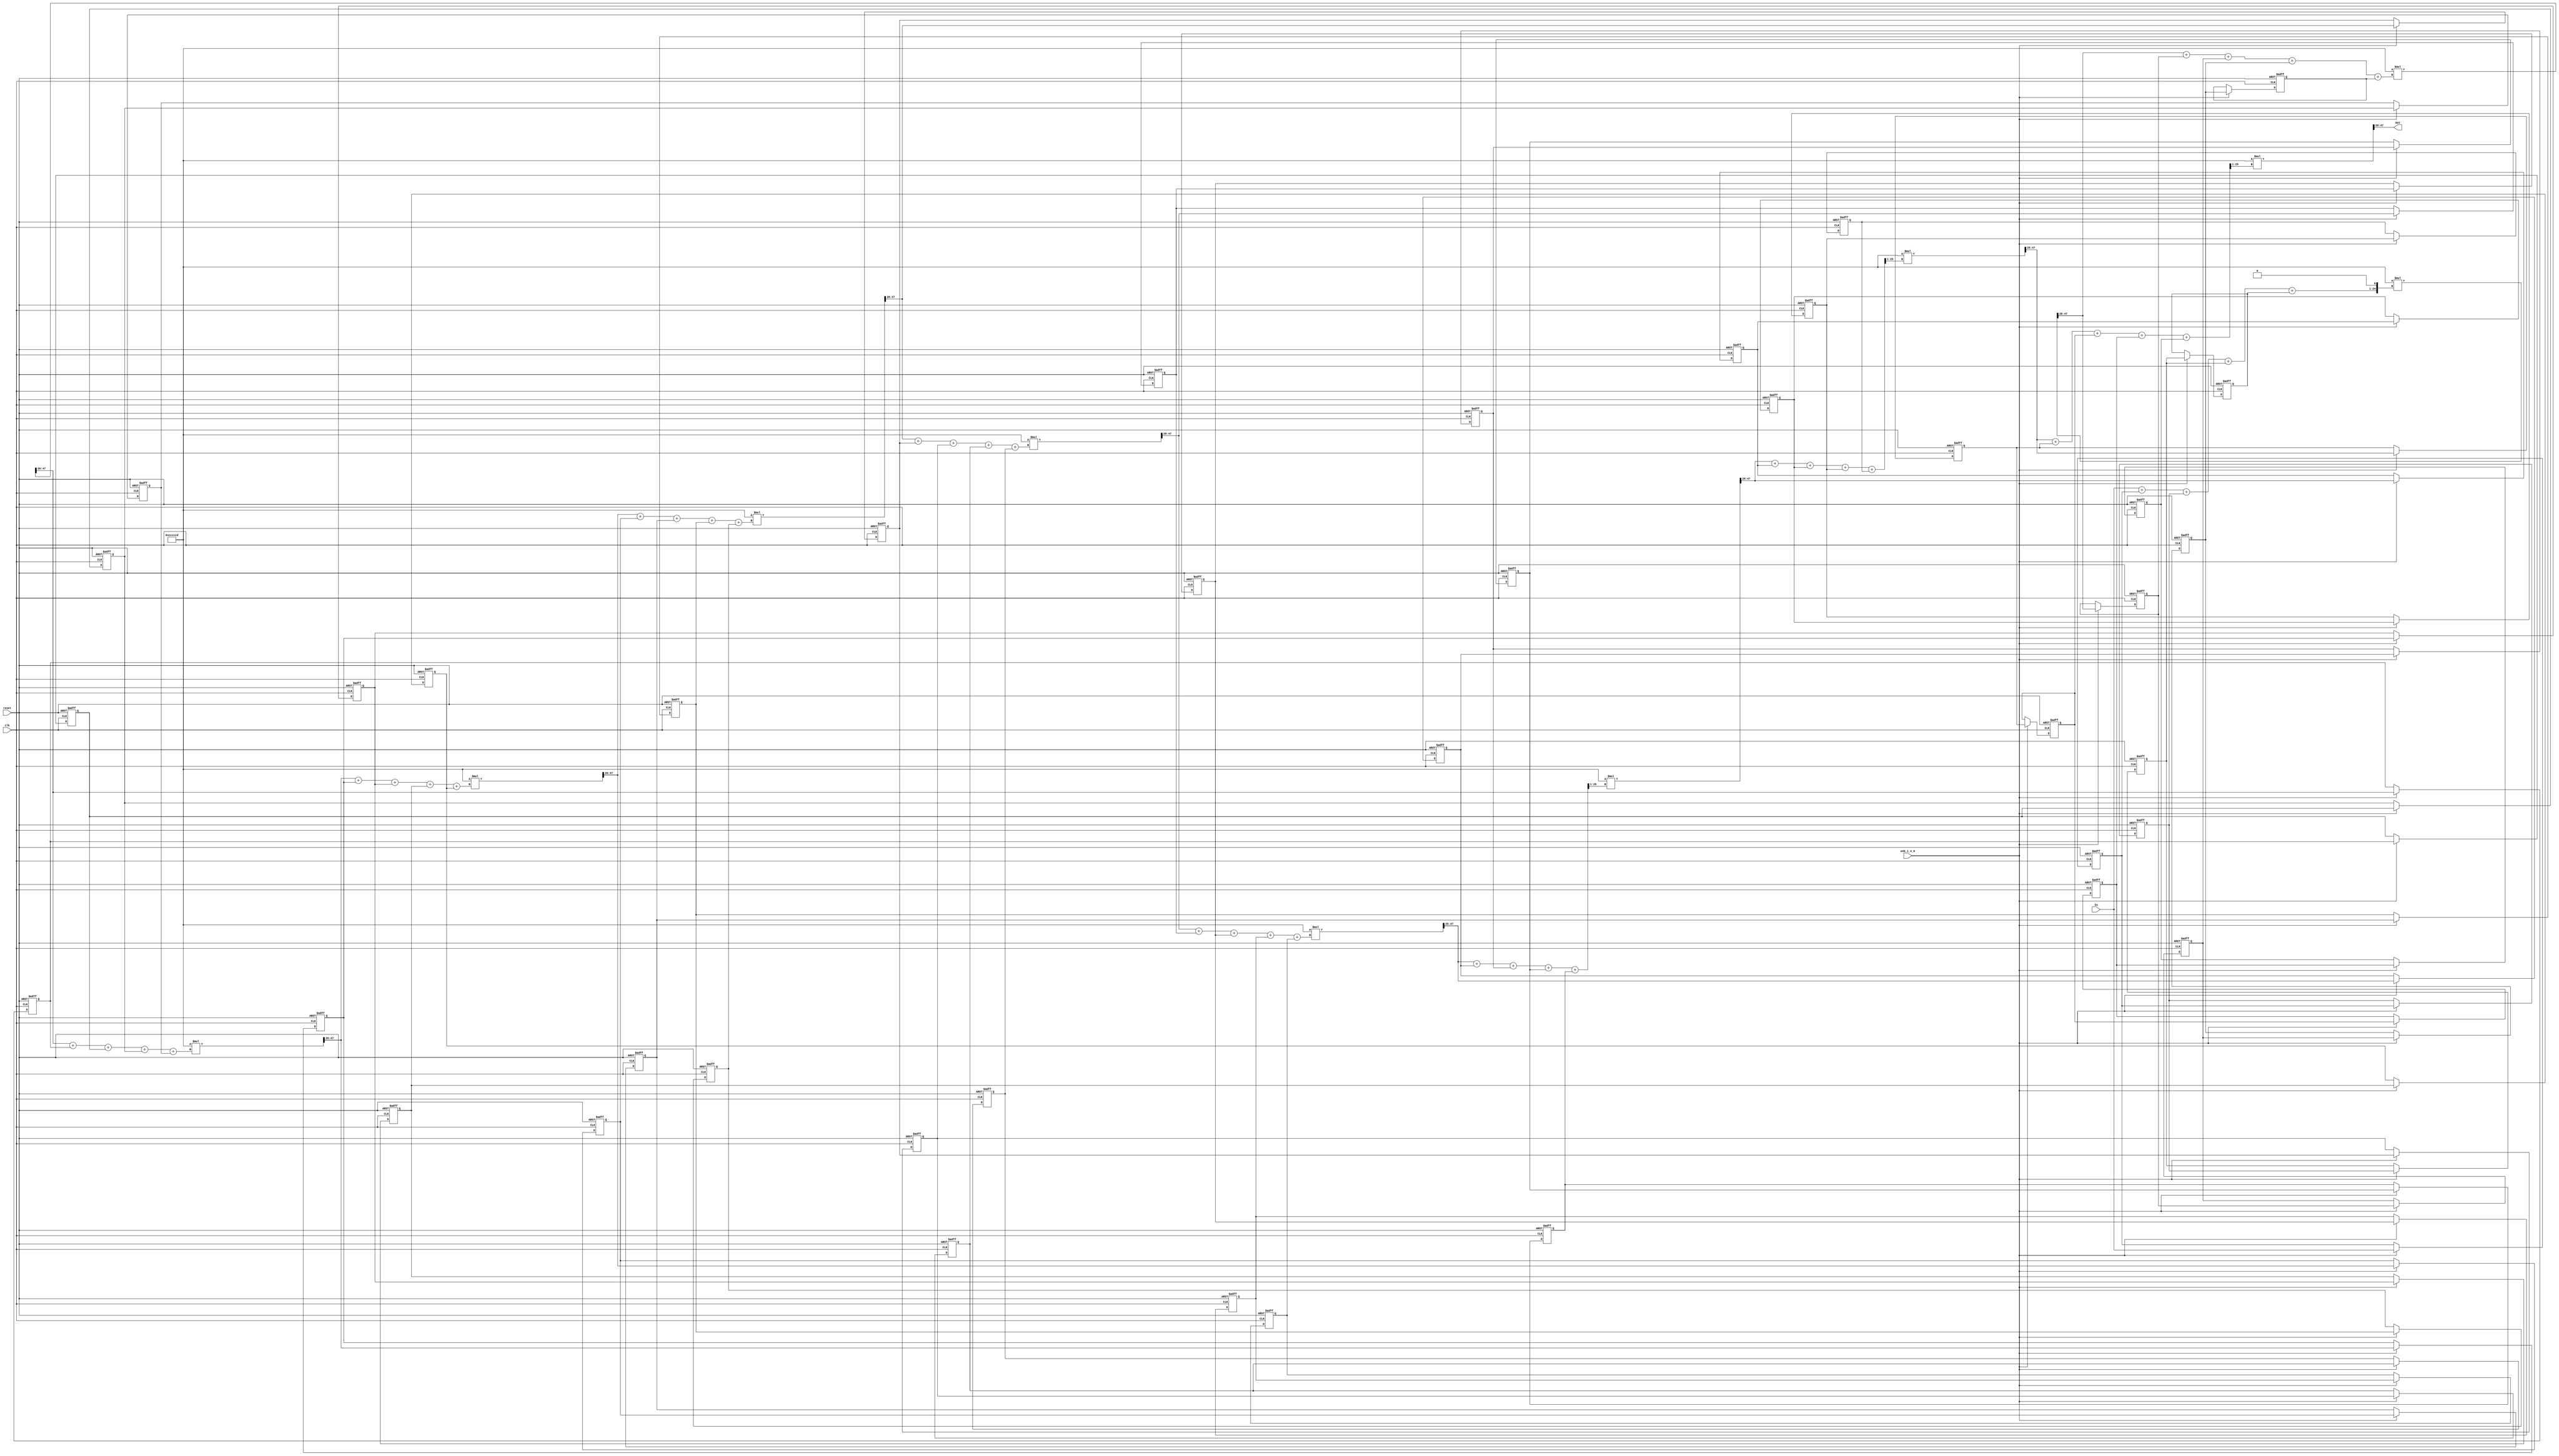
// -------------------------------------------------------------
// 
// 
// Generated by MATLAB 9.3 and HDL Coder 3.11
// 
// -------------------------------------------------------------


// -------------------------------------------------------------
// 
// Module: H5_z
// Source Path: CIC_fixp1/CIC/H5(z)
// Hierarchy Level: 1
// 
// -------------------------------------------------------------

`timescale 1 ns / 1 ns

module H5_z
          (clk,
           reset,
           enb_1_4_0,
           In,
           Out);


  input   clk;
  input   reset;
  input   enb_1_4_0;
  input   signed [20:0] In;  // sfix21_En16
  output  signed [19:0] Out;  // sfix20_En15

  reg signed [20:0] Delay_out1;  // sfix21_En16
  reg signed [20:0] Delay1_out1;  // sfix21_En16
  reg signed [20:0] Delay2_out1;  // sfix21_En16
  reg signed [20:0] Delay3_out1;  // sfix21_En16
  wire signed [23:0] Add_add_cast;  // sfix24_En16
  wire signed [23:0] Add_add_cast_1;  // sfix24_En16
  wire signed [23:0] Add_add_temp;  // sfix24_En16
  wire signed [23:0] Add_add_cast_2;  // sfix24_En16
  wire signed [23:0] Add_add_temp_1;  // sfix24_En16
  wire signed [23:0] Add_add_cast_3;  // sfix24_En16
  wire signed [23:0] Add_add_temp_2;  // sfix24_En16
  wire signed [23:0] Add_add_cast_4;  // sfix24_En16
  wire signed [23:0] Add_add_temp_3;  // sfix24_En16
  wire signed [24:0] Add_out1;  // sfix25_En17
  wire signed [49:0] Gain1_mul_temp;  // sfix50_En43
  wire signed [21:0] Gain1_out1;  // sfix22_En17
  reg signed [21:0] Delay4_out1;  // sfix22_En17
  reg signed [21:0] Delay5_out1;  // sfix22_En17
  reg signed [21:0] Delay6_out1;  // sfix22_En17
  reg signed [21:0] Delay7_out1;  // sfix22_En17
  wire signed [24:0] Add1_add_cast;  // sfix25_En17
  wire signed [24:0] Add1_add_cast_1;  // sfix25_En17
  wire signed [24:0] Add1_add_temp;  // sfix25_En17
  wire signed [24:0] Add1_add_cast_2;  // sfix25_En17
  wire signed [24:0] Add1_add_temp_1;  // sfix25_En17
  wire signed [24:0] Add1_add_cast_3;  // sfix25_En17
  wire signed [24:0] Add1_add_temp_2;  // sfix25_En17
  wire signed [24:0] Add1_add_cast_4;  // sfix25_En17
  wire signed [24:0] Add1_out1;  // sfix25_En17
  wire signed [49:0] Gain2_mul_temp;  // sfix50_En43
  wire signed [21:0] Gain2_out1;  // sfix22_En17
  reg signed [21:0] Delay8_out1;  // sfix22_En17
  reg signed [21:0] Delay9_out1;  // sfix22_En17
  reg signed [21:0] Delay10_out1;  // sfix22_En17
  reg signed [21:0] Delay11_out1;  // sfix22_En17
  wire signed [24:0] Add2_add_cast;  // sfix25_En17
  wire signed [24:0] Add2_add_cast_1;  // sfix25_En17
  wire signed [24:0] Add2_add_temp;  // sfix25_En17
  wire signed [24:0] Add2_add_cast_2;  // sfix25_En17
  wire signed [24:0] Add2_add_temp_1;  // sfix25_En17
  wire signed [24:0] Add2_add_cast_3;  // sfix25_En17
  wire signed [24:0] Add2_add_temp_2;  // sfix25_En17
  wire signed [24:0] Add2_add_cast_4;  // sfix25_En17
  wire signed [24:0] Add2_out1;  // sfix25_En17
  wire signed [49:0] Gain3_mul_temp;  // sfix50_En43
  wire signed [21:0] Gain3_out1;  // sfix22_En17
  reg signed [21:0] Delay12_out1;  // sfix22_En17
  reg signed [21:0] Delay13_out1;  // sfix22_En17
  reg signed [21:0] Delay14_out1;  // sfix22_En17
  reg signed [21:0] Delay15_out1;  // sfix22_En17
  wire signed [24:0] Add3_add_cast;  // sfix25_En17
  wire signed [24:0] Add3_add_cast_1;  // sfix25_En17
  wire signed [24:0] Add3_add_temp;  // sfix25_En17
  wire signed [24:0] Add3_add_cast_2;  // sfix25_En17
  wire signed [24:0] Add3_add_temp_1;  // sfix25_En17
  wire signed [24:0] Add3_add_cast_3;  // sfix25_En17
  wire signed [24:0] Add3_add_temp_2;  // sfix25_En17
  wire signed [24:0] Add3_add_cast_4;  // sfix25_En17
  wire signed [24:0] Add3_out1;  // sfix25_En17
  wire signed [49:0] Gain4_mul_temp;  // sfix50_En43
  wire signed [21:0] Gain4_out1;  // sfix22_En17
  reg signed [21:0] Delay18_out1;  // sfix22_En17
  reg signed [21:0] Delay19_out1;  // sfix22_En17
  reg signed [21:0] Delay20_out1;  // sfix22_En17
  reg signed [21:0] Delay21_out1;  // sfix22_En17
  wire signed [24:0] Add4_add_cast;  // sfix25_En17
  wire signed [24:0] Add4_add_cast_1;  // sfix25_En17
  wire signed [24:0] Add4_add_temp;  // sfix25_En17
  wire signed [24:0] Add4_add_cast_2;  // sfix25_En17
  wire signed [24:0] Add4_add_temp_1;  // sfix25_En17
  wire signed [24:0] Add4_add_cast_3;  // sfix25_En17
  wire signed [24:0] Add4_add_temp_2;  // sfix25_En17
  wire signed [24:0] Add4_add_cast_4;  // sfix25_En17
  wire signed [24:0] Add4_out1;  // sfix25_En17
  wire signed [49:0] Gain5_mul_temp;  // sfix50_En43
  wire signed [21:0] Gain5_out1;  // sfix22_En17
  reg signed [21:0] Delay22_out1;  // sfix22_En17
  reg signed [21:0] Delay23_out1;  // sfix22_En17
  reg signed [21:0] Delay16_out1;  // sfix22_En17
  reg signed [21:0] Delay17_out1;  // sfix22_En17
  wire signed [24:0] Add5_add_cast;  // sfix25_En17
  wire signed [24:0] Add5_add_cast_1;  // sfix25_En17
  wire signed [24:0] Add5_add_temp;  // sfix25_En17
  wire signed [24:0] Add5_add_cast_2;  // sfix25_En17
  wire signed [24:0] Add5_add_temp_1;  // sfix25_En17
  wire signed [24:0] Add5_add_cast_3;  // sfix25_En17
  wire signed [24:0] Add5_add_temp_2;  // sfix25_En17
  wire signed [24:0] Add5_add_cast_4;  // sfix25_En17
  wire signed [24:0] Add5_out1;  // sfix25_En17
  wire signed [49:0] Gain6_mul_temp;  // sfix50_En43
  wire signed [21:0] Gain6_out1;  // sfix22_En17
  reg signed [21:0] Delay24_out1;  // sfix22_En17
  reg signed [21:0] Delay25_out1;  // sfix22_En17
  reg signed [21:0] Delay26_out1;  // sfix22_En17
  reg signed [21:0] Delay27_out1;  // sfix22_En17
  wire signed [24:0] Add6_add_cast;  // sfix25_En17
  wire signed [24:0] Add6_add_cast_1;  // sfix25_En17
  wire signed [24:0] Add6_add_temp;  // sfix25_En17
  wire signed [24:0] Add6_add_cast_2;  // sfix25_En17
  wire signed [24:0] Add6_add_temp_1;  // sfix25_En17
  wire signed [24:0] Add6_add_cast_3;  // sfix25_En17
  wire signed [24:0] Add6_add_temp_2;  // sfix25_En17
  wire signed [24:0] Add6_add_cast_4;  // sfix25_En17
  wire signed [24:0] Add6_out1;  // sfix25_En17
  wire signed [49:0] Gain7_mul_temp;  // sfix50_En43
  wire signed [22:0] Gain7_out1;  // sfix23_En18
  reg signed [22:0] Delay30_out1;  // sfix23_En18
  reg signed [22:0] Delay31_out1;  // sfix23_En18
  reg signed [22:0] Delay32_out1;  // sfix23_En18
  reg signed [22:0] Delay33_out1;  // sfix23_En18
  wire signed [25:0] Add7_add_cast;  // sfix26_En18
  wire signed [25:0] Add7_add_cast_1;  // sfix26_En18
  wire signed [25:0] Add7_add_temp;  // sfix26_En18
  wire signed [25:0] Add7_add_cast_2;  // sfix26_En18
  wire signed [25:0] Add7_add_temp_1;  // sfix26_En18
  wire signed [25:0] Add7_add_cast_3;  // sfix26_En18
  wire signed [25:0] Add7_add_temp_2;  // sfix26_En18
  wire signed [25:0] Add7_add_cast_4;  // sfix26_En18
  wire signed [25:0] Add7_add_temp_3;  // sfix26_En18
  wire signed [24:0] Add7_out1;  // sfix25_En17
  wire signed [49:0] Gain8_mul_temp;  // sfix50_En43
  wire signed [22:0] Gain8_out1;  // sfix23_En18
  reg signed [22:0] Delay34_out1;  // sfix23_En18
  reg signed [22:0] Delay35_out1;  // sfix23_En18
  reg signed [22:0] Delay28_out1;  // sfix23_En18
  reg signed [22:0] Delay29_out1;  // sfix23_En18
  wire signed [25:0] Add8_add_cast;  // sfix26_En18
  wire signed [25:0] Add8_add_cast_1;  // sfix26_En18
  wire signed [25:0] Add8_add_temp;  // sfix26_En18
  wire signed [25:0] Add8_add_cast_2;  // sfix26_En18
  wire signed [25:0] Add8_add_temp_1;  // sfix26_En18
  wire signed [25:0] Add8_add_cast_3;  // sfix26_En18
  wire signed [25:0] Add8_add_temp_2;  // sfix26_En18
  wire signed [25:0] Add8_add_cast_4;  // sfix26_En18
  wire signed [25:0] Add8_add_temp_3;  // sfix26_En18
  wire signed [24:0] Add8_out1;  // sfix25_En17
  wire signed [49:0] Gain9_mul_temp;  // sfix50_En43
  wire signed [22:0] Gain9_out1;  // sfix23_En18
  reg signed [22:0] Delay36_out1;  // sfix23_En18
  reg signed [22:0] Delay37_out1;  // sfix23_En18
  reg signed [22:0] Delay38_out1;  // sfix23_En18
  reg signed [22:0] Delay39_out1;  // sfix23_En18
  wire signed [25:0] Add9_add_cast;  // sfix26_En18
  wire signed [25:0] Add9_add_cast_1;  // sfix26_En18
  wire signed [25:0] Add9_add_temp;  // sfix26_En18
  wire signed [25:0] Add9_add_cast_2;  // sfix26_En18
  wire signed [25:0] Add9_add_temp_1;  // sfix26_En18
  wire signed [25:0] Add9_add_cast_3;  // sfix26_En18
  wire signed [25:0] Add9_add_temp_2;  // sfix26_En18
  wire signed [25:0] Add9_add_cast_4;  // sfix26_En18
  wire signed [25:0] Add9_add_temp_3;  // sfix26_En18
  wire signed [24:0] Add9_out1;  // sfix25_En17
  wire signed [49:0] Gain_mul_temp;  // sfix50_En43
  wire signed [19:0] Gain_out1;  // sfix20_En15


  always @(posedge clk or posedge reset)
    begin : Delay_process
      if (reset == 1'b1) begin
        Delay_out1 <= 21'sb000000000000000000000;
      end
      else begin
        if (enb_1_4_0) begin
          Delay_out1 <= In;
        end
      end
    end



  always @(posedge clk or posedge reset)
    begin : Delay1_process
      if (reset == 1'b1) begin
        Delay1_out1 <= 21'sb000000000000000000000;
      end
      else begin
        if (enb_1_4_0) begin
          Delay1_out1 <= Delay_out1;
        end
      end
    end



  always @(posedge clk or posedge reset)
    begin : Delay2_process
      if (reset == 1'b1) begin
        Delay2_out1 <= 21'sb000000000000000000000;
      end
      else begin
        if (enb_1_4_0) begin
          Delay2_out1 <= Delay1_out1;
        end
      end
    end



  always @(posedge clk or posedge reset)
    begin : Delay3_process
      if (reset == 1'b1) begin
        Delay3_out1 <= 21'sb000000000000000000000;
      end
      else begin
        if (enb_1_4_0) begin
          Delay3_out1 <= Delay2_out1;
        end
      end
    end



  assign Add_add_cast = {{3{In[20]}}, In};
  assign Add_add_cast_1 = {{3{Delay_out1[20]}}, Delay_out1};
  assign Add_add_temp = Add_add_cast + Add_add_cast_1;
  assign Add_add_cast_2 = {{3{Delay1_out1[20]}}, Delay1_out1};
  assign Add_add_temp_1 = Add_add_temp + Add_add_cast_2;
  assign Add_add_cast_3 = {{3{Delay2_out1[20]}}, Delay2_out1};
  assign Add_add_temp_2 = Add_add_temp_1 + Add_add_cast_3;
  assign Add_add_cast_4 = {{3{Delay3_out1[20]}}, Delay3_out1};
  assign Add_add_temp_3 = Add_add_temp_2 + Add_add_cast_4;
  assign Add_out1 = {Add_add_temp_3, 1'b0};



  assign Gain1_mul_temp = 25'sb0110011001100110011001101 * Add_out1;
  assign Gain1_out1 = Gain1_mul_temp[47:26];



  always @(posedge clk or posedge reset)
    begin : Delay4_process
      if (reset == 1'b1) begin
        Delay4_out1 <= 22'sb0000000000000000000000;
      end
      else begin
        if (enb_1_4_0) begin
          Delay4_out1 <= Gain1_out1;
        end
      end
    end



  always @(posedge clk or posedge reset)
    begin : Delay5_process
      if (reset == 1'b1) begin
        Delay5_out1 <= 22'sb0000000000000000000000;
      end
      else begin
        if (enb_1_4_0) begin
          Delay5_out1 <= Delay4_out1;
        end
      end
    end



  always @(posedge clk or posedge reset)
    begin : Delay6_process
      if (reset == 1'b1) begin
        Delay6_out1 <= 22'sb0000000000000000000000;
      end
      else begin
        if (enb_1_4_0) begin
          Delay6_out1 <= Delay5_out1;
        end
      end
    end



  always @(posedge clk or posedge reset)
    begin : Delay7_process
      if (reset == 1'b1) begin
        Delay7_out1 <= 22'sb0000000000000000000000;
      end
      else begin
        if (enb_1_4_0) begin
          Delay7_out1 <= Delay6_out1;
        end
      end
    end



  assign Add1_add_cast = {{3{Gain1_out1[21]}}, Gain1_out1};
  assign Add1_add_cast_1 = {{3{Delay4_out1[21]}}, Delay4_out1};
  assign Add1_add_temp = Add1_add_cast + Add1_add_cast_1;
  assign Add1_add_cast_2 = {{3{Delay5_out1[21]}}, Delay5_out1};
  assign Add1_add_temp_1 = Add1_add_temp + Add1_add_cast_2;
  assign Add1_add_cast_3 = {{3{Delay6_out1[21]}}, Delay6_out1};
  assign Add1_add_temp_2 = Add1_add_temp_1 + Add1_add_cast_3;
  assign Add1_add_cast_4 = {{3{Delay7_out1[21]}}, Delay7_out1};
  assign Add1_out1 = Add1_add_temp_2 + Add1_add_cast_4;



  assign Gain2_mul_temp = 25'sb0110011001100110011001101 * Add1_out1;
  assign Gain2_out1 = Gain2_mul_temp[47:26];



  always @(posedge clk or posedge reset)
    begin : Delay8_process
      if (reset == 1'b1) begin
        Delay8_out1 <= 22'sb0000000000000000000000;
      end
      else begin
        if (enb_1_4_0) begin
          Delay8_out1 <= Gain2_out1;
        end
      end
    end



  always @(posedge clk or posedge reset)
    begin : Delay9_process
      if (reset == 1'b1) begin
        Delay9_out1 <= 22'sb0000000000000000000000;
      end
      else begin
        if (enb_1_4_0) begin
          Delay9_out1 <= Delay8_out1;
        end
      end
    end



  always @(posedge clk or posedge reset)
    begin : Delay10_process
      if (reset == 1'b1) begin
        Delay10_out1 <= 22'sb0000000000000000000000;
      end
      else begin
        if (enb_1_4_0) begin
          Delay10_out1 <= Delay9_out1;
        end
      end
    end



  always @(posedge clk or posedge reset)
    begin : Delay11_process
      if (reset == 1'b1) begin
        Delay11_out1 <= 22'sb0000000000000000000000;
      end
      else begin
        if (enb_1_4_0) begin
          Delay11_out1 <= Delay10_out1;
        end
      end
    end



  assign Add2_add_cast = {{3{Gain2_out1[21]}}, Gain2_out1};
  assign Add2_add_cast_1 = {{3{Delay8_out1[21]}}, Delay8_out1};
  assign Add2_add_temp = Add2_add_cast + Add2_add_cast_1;
  assign Add2_add_cast_2 = {{3{Delay9_out1[21]}}, Delay9_out1};
  assign Add2_add_temp_1 = Add2_add_temp + Add2_add_cast_2;
  assign Add2_add_cast_3 = {{3{Delay10_out1[21]}}, Delay10_out1};
  assign Add2_add_temp_2 = Add2_add_temp_1 + Add2_add_cast_3;
  assign Add2_add_cast_4 = {{3{Delay11_out1[21]}}, Delay11_out1};
  assign Add2_out1 = Add2_add_temp_2 + Add2_add_cast_4;



  assign Gain3_mul_temp = 25'sb0110011001100110011001101 * Add2_out1;
  assign Gain3_out1 = Gain3_mul_temp[47:26];



  always @(posedge clk or posedge reset)
    begin : Delay12_process
      if (reset == 1'b1) begin
        Delay12_out1 <= 22'sb0000000000000000000000;
      end
      else begin
        if (enb_1_4_0) begin
          Delay12_out1 <= Gain3_out1;
        end
      end
    end



  always @(posedge clk or posedge reset)
    begin : Delay13_process
      if (reset == 1'b1) begin
        Delay13_out1 <= 22'sb0000000000000000000000;
      end
      else begin
        if (enb_1_4_0) begin
          Delay13_out1 <= Delay12_out1;
        end
      end
    end



  always @(posedge clk or posedge reset)
    begin : Delay14_process
      if (reset == 1'b1) begin
        Delay14_out1 <= 22'sb0000000000000000000000;
      end
      else begin
        if (enb_1_4_0) begin
          Delay14_out1 <= Delay13_out1;
        end
      end
    end



  always @(posedge clk or posedge reset)
    begin : Delay15_process
      if (reset == 1'b1) begin
        Delay15_out1 <= 22'sb0000000000000000000000;
      end
      else begin
        if (enb_1_4_0) begin
          Delay15_out1 <= Delay14_out1;
        end
      end
    end



  assign Add3_add_cast = {{3{Gain3_out1[21]}}, Gain3_out1};
  assign Add3_add_cast_1 = {{3{Delay12_out1[21]}}, Delay12_out1};
  assign Add3_add_temp = Add3_add_cast + Add3_add_cast_1;
  assign Add3_add_cast_2 = {{3{Delay13_out1[21]}}, Delay13_out1};
  assign Add3_add_temp_1 = Add3_add_temp + Add3_add_cast_2;
  assign Add3_add_cast_3 = {{3{Delay14_out1[21]}}, Delay14_out1};
  assign Add3_add_temp_2 = Add3_add_temp_1 + Add3_add_cast_3;
  assign Add3_add_cast_4 = {{3{Delay15_out1[21]}}, Delay15_out1};
  assign Add3_out1 = Add3_add_temp_2 + Add3_add_cast_4;



  assign Gain4_mul_temp = 25'sb0110011001100110011001101 * Add3_out1;
  assign Gain4_out1 = Gain4_mul_temp[47:26];



  always @(posedge clk or posedge reset)
    begin : Delay18_process
      if (reset == 1'b1) begin
        Delay18_out1 <= 22'sb0000000000000000000000;
      end
      else begin
        if (enb_1_4_0) begin
          Delay18_out1 <= Gain4_out1;
        end
      end
    end



  always @(posedge clk or posedge reset)
    begin : Delay19_process
      if (reset == 1'b1) begin
        Delay19_out1 <= 22'sb0000000000000000000000;
      end
      else begin
        if (enb_1_4_0) begin
          Delay19_out1 <= Delay18_out1;
        end
      end
    end



  always @(posedge clk or posedge reset)
    begin : Delay20_process
      if (reset == 1'b1) begin
        Delay20_out1 <= 22'sb0000000000000000000000;
      end
      else begin
        if (enb_1_4_0) begin
          Delay20_out1 <= Delay19_out1;
        end
      end
    end



  always @(posedge clk or posedge reset)
    begin : Delay21_process
      if (reset == 1'b1) begin
        Delay21_out1 <= 22'sb0000000000000000000000;
      end
      else begin
        if (enb_1_4_0) begin
          Delay21_out1 <= Delay20_out1;
        end
      end
    end



  assign Add4_add_cast = {{3{Gain4_out1[21]}}, Gain4_out1};
  assign Add4_add_cast_1 = {{3{Delay18_out1[21]}}, Delay18_out1};
  assign Add4_add_temp = Add4_add_cast + Add4_add_cast_1;
  assign Add4_add_cast_2 = {{3{Delay19_out1[21]}}, Delay19_out1};
  assign Add4_add_temp_1 = Add4_add_temp + Add4_add_cast_2;
  assign Add4_add_cast_3 = {{3{Delay20_out1[21]}}, Delay20_out1};
  assign Add4_add_temp_2 = Add4_add_temp_1 + Add4_add_cast_3;
  assign Add4_add_cast_4 = {{3{Delay21_out1[21]}}, Delay21_out1};
  assign Add4_out1 = Add4_add_temp_2 + Add4_add_cast_4;



  assign Gain5_mul_temp = 25'sb0110011001100110011001101 * Add4_out1;
  assign Gain5_out1 = Gain5_mul_temp[47:26];



  always @(posedge clk or posedge reset)
    begin : Delay22_process
      if (reset == 1'b1) begin
        Delay22_out1 <= 22'sb0000000000000000000000;
      end
      else begin
        if (enb_1_4_0) begin
          Delay22_out1 <= Gain5_out1;
        end
      end
    end



  always @(posedge clk or posedge reset)
    begin : Delay23_process
      if (reset == 1'b1) begin
        Delay23_out1 <= 22'sb0000000000000000000000;
      end
      else begin
        if (enb_1_4_0) begin
          Delay23_out1 <= Delay22_out1;
        end
      end
    end



  always @(posedge clk or posedge reset)
    begin : Delay16_process
      if (reset == 1'b1) begin
        Delay16_out1 <= 22'sb0000000000000000000000;
      end
      else begin
        if (enb_1_4_0) begin
          Delay16_out1 <= Delay23_out1;
        end
      end
    end



  always @(posedge clk or posedge reset)
    begin : Delay17_process
      if (reset == 1'b1) begin
        Delay17_out1 <= 22'sb0000000000000000000000;
      end
      else begin
        if (enb_1_4_0) begin
          Delay17_out1 <= Delay16_out1;
        end
      end
    end



  assign Add5_add_cast = {{3{Gain5_out1[21]}}, Gain5_out1};
  assign Add5_add_cast_1 = {{3{Delay22_out1[21]}}, Delay22_out1};
  assign Add5_add_temp = Add5_add_cast + Add5_add_cast_1;
  assign Add5_add_cast_2 = {{3{Delay23_out1[21]}}, Delay23_out1};
  assign Add5_add_temp_1 = Add5_add_temp + Add5_add_cast_2;
  assign Add5_add_cast_3 = {{3{Delay16_out1[21]}}, Delay16_out1};
  assign Add5_add_temp_2 = Add5_add_temp_1 + Add5_add_cast_3;
  assign Add5_add_cast_4 = {{3{Delay17_out1[21]}}, Delay17_out1};
  assign Add5_out1 = Add5_add_temp_2 + Add5_add_cast_4;



  assign Gain6_mul_temp = 25'sb0110011001100110011001101 * Add5_out1;
  assign Gain6_out1 = Gain6_mul_temp[47:26];



  always @(posedge clk or posedge reset)
    begin : Delay24_process
      if (reset == 1'b1) begin
        Delay24_out1 <= 22'sb0000000000000000000000;
      end
      else begin
        if (enb_1_4_0) begin
          Delay24_out1 <= Gain6_out1;
        end
      end
    end



  always @(posedge clk or posedge reset)
    begin : Delay25_process
      if (reset == 1'b1) begin
        Delay25_out1 <= 22'sb0000000000000000000000;
      end
      else begin
        if (enb_1_4_0) begin
          Delay25_out1 <= Delay24_out1;
        end
      end
    end



  always @(posedge clk or posedge reset)
    begin : Delay26_process
      if (reset == 1'b1) begin
        Delay26_out1 <= 22'sb0000000000000000000000;
      end
      else begin
        if (enb_1_4_0) begin
          Delay26_out1 <= Delay25_out1;
        end
      end
    end



  always @(posedge clk or posedge reset)
    begin : Delay27_process
      if (reset == 1'b1) begin
        Delay27_out1 <= 22'sb0000000000000000000000;
      end
      else begin
        if (enb_1_4_0) begin
          Delay27_out1 <= Delay26_out1;
        end
      end
    end



  assign Add6_add_cast = {{3{Gain6_out1[21]}}, Gain6_out1};
  assign Add6_add_cast_1 = {{3{Delay24_out1[21]}}, Delay24_out1};
  assign Add6_add_temp = Add6_add_cast + Add6_add_cast_1;
  assign Add6_add_cast_2 = {{3{Delay25_out1[21]}}, Delay25_out1};
  assign Add6_add_temp_1 = Add6_add_temp + Add6_add_cast_2;
  assign Add6_add_cast_3 = {{3{Delay26_out1[21]}}, Delay26_out1};
  assign Add6_add_temp_2 = Add6_add_temp_1 + Add6_add_cast_3;
  assign Add6_add_cast_4 = {{3{Delay27_out1[21]}}, Delay27_out1};
  assign Add6_out1 = Add6_add_temp_2 + Add6_add_cast_4;



  assign Gain7_mul_temp = 25'sb0110011001100110011001101 * Add6_out1;
  assign Gain7_out1 = Gain7_mul_temp[47:25];



  always @(posedge clk or posedge reset)
    begin : Delay30_process
      if (reset == 1'b1) begin
        Delay30_out1 <= 23'sb00000000000000000000000;
      end
      else begin
        if (enb_1_4_0) begin
          Delay30_out1 <= Gain7_out1;
        end
      end
    end



  always @(posedge clk or posedge reset)
    begin : Delay31_process
      if (reset == 1'b1) begin
        Delay31_out1 <= 23'sb00000000000000000000000;
      end
      else begin
        if (enb_1_4_0) begin
          Delay31_out1 <= Delay30_out1;
        end
      end
    end



  always @(posedge clk or posedge reset)
    begin : Delay32_process
      if (reset == 1'b1) begin
        Delay32_out1 <= 23'sb00000000000000000000000;
      end
      else begin
        if (enb_1_4_0) begin
          Delay32_out1 <= Delay31_out1;
        end
      end
    end



  always @(posedge clk or posedge reset)
    begin : Delay33_process
      if (reset == 1'b1) begin
        Delay33_out1 <= 23'sb00000000000000000000000;
      end
      else begin
        if (enb_1_4_0) begin
          Delay33_out1 <= Delay32_out1;
        end
      end
    end



  assign Add7_add_cast = {{3{Gain7_out1[22]}}, Gain7_out1};
  assign Add7_add_cast_1 = {{3{Delay30_out1[22]}}, Delay30_out1};
  assign Add7_add_temp = Add7_add_cast + Add7_add_cast_1;
  assign Add7_add_cast_2 = {{3{Delay31_out1[22]}}, Delay31_out1};
  assign Add7_add_temp_1 = Add7_add_temp + Add7_add_cast_2;
  assign Add7_add_cast_3 = {{3{Delay32_out1[22]}}, Delay32_out1};
  assign Add7_add_temp_2 = Add7_add_temp_1 + Add7_add_cast_3;
  assign Add7_add_cast_4 = {{3{Delay33_out1[22]}}, Delay33_out1};
  assign Add7_add_temp_3 = Add7_add_temp_2 + Add7_add_cast_4;
  assign Add7_out1 = Add7_add_temp_3[25:1];



  assign Gain8_mul_temp = 25'sb0110011001100110011001101 * Add7_out1;
  assign Gain8_out1 = Gain8_mul_temp[47:25];



  always @(posedge clk or posedge reset)
    begin : Delay34_process
      if (reset == 1'b1) begin
        Delay34_out1 <= 23'sb00000000000000000000000;
      end
      else begin
        if (enb_1_4_0) begin
          Delay34_out1 <= Gain8_out1;
        end
      end
    end



  always @(posedge clk or posedge reset)
    begin : Delay35_process
      if (reset == 1'b1) begin
        Delay35_out1 <= 23'sb00000000000000000000000;
      end
      else begin
        if (enb_1_4_0) begin
          Delay35_out1 <= Delay34_out1;
        end
      end
    end



  always @(posedge clk or posedge reset)
    begin : Delay28_process
      if (reset == 1'b1) begin
        Delay28_out1 <= 23'sb00000000000000000000000;
      end
      else begin
        if (enb_1_4_0) begin
          Delay28_out1 <= Delay35_out1;
        end
      end
    end



  always @(posedge clk or posedge reset)
    begin : Delay29_process
      if (reset == 1'b1) begin
        Delay29_out1 <= 23'sb00000000000000000000000;
      end
      else begin
        if (enb_1_4_0) begin
          Delay29_out1 <= Delay28_out1;
        end
      end
    end



  assign Add8_add_cast = {{3{Gain8_out1[22]}}, Gain8_out1};
  assign Add8_add_cast_1 = {{3{Delay34_out1[22]}}, Delay34_out1};
  assign Add8_add_temp = Add8_add_cast + Add8_add_cast_1;
  assign Add8_add_cast_2 = {{3{Delay35_out1[22]}}, Delay35_out1};
  assign Add8_add_temp_1 = Add8_add_temp + Add8_add_cast_2;
  assign Add8_add_cast_3 = {{3{Delay28_out1[22]}}, Delay28_out1};
  assign Add8_add_temp_2 = Add8_add_temp_1 + Add8_add_cast_3;
  assign Add8_add_cast_4 = {{3{Delay29_out1[22]}}, Delay29_out1};
  assign Add8_add_temp_3 = Add8_add_temp_2 + Add8_add_cast_4;
  assign Add8_out1 = Add8_add_temp_3[25:1];



  assign Gain9_mul_temp = 25'sb0110011001100110011001101 * Add8_out1;
  assign Gain9_out1 = Gain9_mul_temp[47:25];



  always @(posedge clk or posedge reset)
    begin : Delay36_process
      if (reset == 1'b1) begin
        Delay36_out1 <= 23'sb00000000000000000000000;
      end
      else begin
        if (enb_1_4_0) begin
          Delay36_out1 <= Gain9_out1;
        end
      end
    end



  always @(posedge clk or posedge reset)
    begin : Delay37_process
      if (reset == 1'b1) begin
        Delay37_out1 <= 23'sb00000000000000000000000;
      end
      else begin
        if (enb_1_4_0) begin
          Delay37_out1 <= Delay36_out1;
        end
      end
    end



  always @(posedge clk or posedge reset)
    begin : Delay38_process
      if (reset == 1'b1) begin
        Delay38_out1 <= 23'sb00000000000000000000000;
      end
      else begin
        if (enb_1_4_0) begin
          Delay38_out1 <= Delay37_out1;
        end
      end
    end



  always @(posedge clk or posedge reset)
    begin : Delay39_process
      if (reset == 1'b1) begin
        Delay39_out1 <= 23'sb00000000000000000000000;
      end
      else begin
        if (enb_1_4_0) begin
          Delay39_out1 <= Delay38_out1;
        end
      end
    end



  assign Add9_add_cast = {{3{Gain9_out1[22]}}, Gain9_out1};
  assign Add9_add_cast_1 = {{3{Delay36_out1[22]}}, Delay36_out1};
  assign Add9_add_temp = Add9_add_cast + Add9_add_cast_1;
  assign Add9_add_cast_2 = {{3{Delay37_out1[22]}}, Delay37_out1};
  assign Add9_add_temp_1 = Add9_add_temp + Add9_add_cast_2;
  assign Add9_add_cast_3 = {{3{Delay38_out1[22]}}, Delay38_out1};
  assign Add9_add_temp_2 = Add9_add_temp_1 + Add9_add_cast_3;
  assign Add9_add_cast_4 = {{3{Delay39_out1[22]}}, Delay39_out1};
  assign Add9_add_temp_3 = Add9_add_temp_2 + Add9_add_cast_4;
  assign Add9_out1 = Add9_add_temp_3[25:1];



  assign Gain_mul_temp = 25'sb0110011001100110011001101 * Add9_out1;
  assign Gain_out1 = Gain_mul_temp[47:28];



  assign Out = Gain_out1;

endmodule  // H5_z